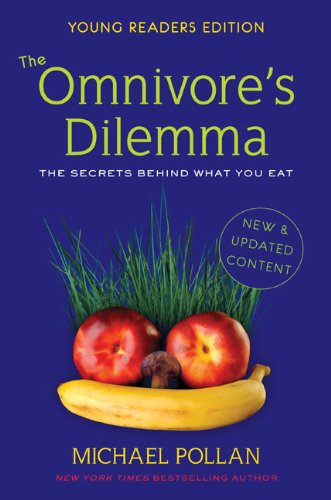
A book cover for The Omnivore's Dilemma (Young Readers Edition) (Turtleback School & Library Binding Edition); Michael Pollan; Teen & Young Adult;